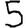
Digit: 5